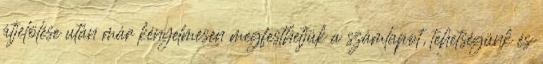
átjelölése után már kényelmesen megfesthetjük a számlapot, tehetségünk és